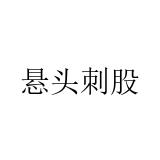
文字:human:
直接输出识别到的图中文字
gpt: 悬头刺股